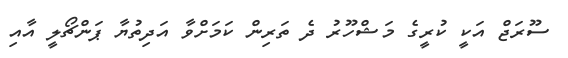
ސޫރަޖް އަކީ ކުރީގެ މަޝްހޫރު ދެ ތަރިން ކަމަށްވާ އަދިތުޔާ ޕަންޗޯލީ އާއި